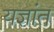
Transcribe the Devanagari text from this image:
यज्ञांत